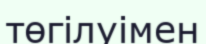
төгілуімен